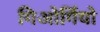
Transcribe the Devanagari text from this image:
गिओर्गियो